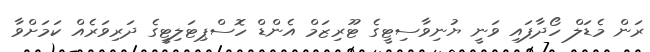
ރަން މެޑަލް ހޯދާފައި ވަނީ ޔުނިވާސިޓީގެ ޓޫރިޒަމް އެންޑް ހޮސްޕިޓަލިޓީގެ ދަރިވަރެއް ކަމަށްވާ